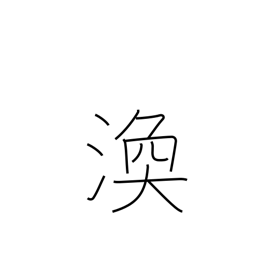
Meaning: scatter